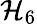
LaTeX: \mathcal{H}_{6}